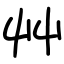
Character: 艸